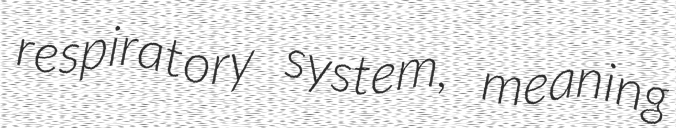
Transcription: respiratory system, meaning